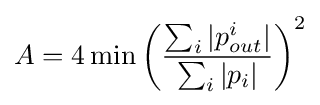
A=4\min {\left({\frac {\sum _{i}|p_{out}^{i}|}{\sum _{i}|p_{i}|}}\right)^{2}}